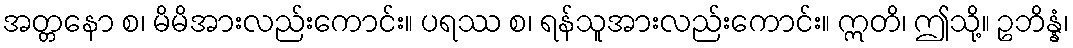
အတ္တနော စ၊ မိမိအားလည်းကောင်း။ ပရဿ စ၊ ရန်သူအားလည်းကောင်း။ ဣတိ၊ ဤသို့။ ဥဘိန္နံ၊